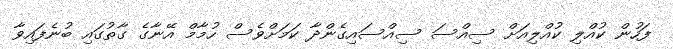
ފަހުން ކުއްލި ކުއްލިއަށް ސިއްސަ ސިއްސައިގެންދާ ކަމަށްވެސް ހުމާމް އޭނާގެ ގާތުގައި ބުނެފައިވާ